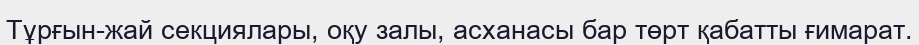
Тұрғын-жай секциялары, оқу залы, асханасы бар төрт қабатты ғимарат.